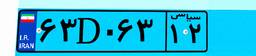
۱۳D۸۷۹۸۵